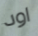
اود